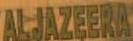
ALJAZEERA